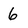
Character: 6